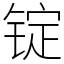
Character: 锭